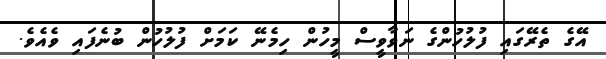
އޭގެ ތެރޭގައި ފުލުހުންގެ ނަވާވީސް މީހުން ހިމެނޭ ކަމަށް ފުލުހުން ބުނެފައި ވެއެވެ.